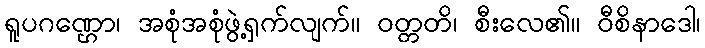
ရူပဂဏ္ဌော၊ အစုံအစုံဖွဲ့ရှက်လျက်။ ဝတ္တတိ၊ စီးလေ၏။ ဝီစိနာဒေါ၊